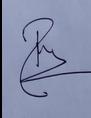
Signature authenticity: genuine